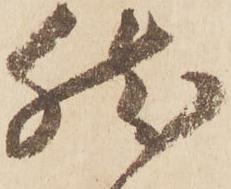
然